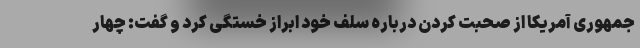
جمهوری آمریکا از صحبت کردن درباره سلف خود ابراز خستگی کرد و گفت: چهار